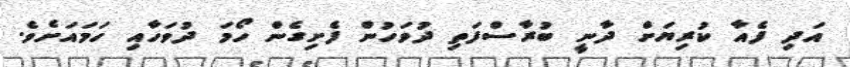
އަދި ފެއާ ކުރިޔަށް ދާނީ ބުރާސްފަތި ދުވަހުން ފެށިގެން ހޯމަ ދުވަހާއި ހަމައަށެވެ.